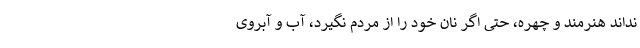
نداند هنرمند و چهره، حتی اگر نان خود را از مردم نگیرد، آب و آبروی